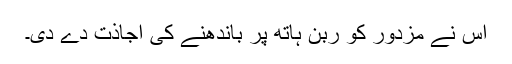
اس نے مزدور کو ربن ہاتھ پر باندھنے کی اجاذت دے دی۔